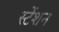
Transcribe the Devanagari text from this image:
स्टेंशन